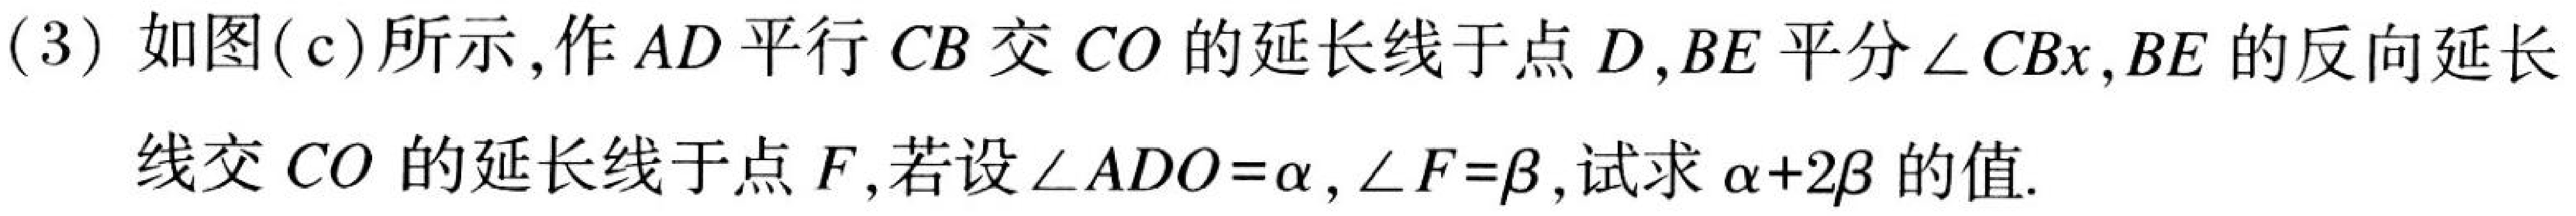
(3)如图(c)所示,作\(AD\)平行\(CB\)交\(CO\)的延长线于点\(D\),\(BE\)平分\(\angle CBx\),\(BE\)的反向延长线交\(CO\)的延长线于点\(F\),若设\(\angle ADO = \alpha\),\(\angle F=\beta\),试求\(\alpha + 2\beta\)的值.